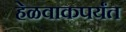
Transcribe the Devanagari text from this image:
हेळवाकपर्यंत